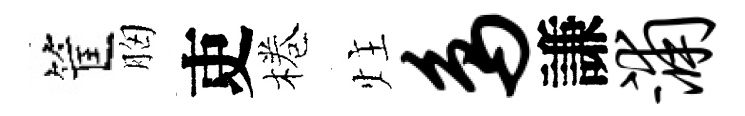
筐胸吏棬炷鸟謙浦